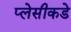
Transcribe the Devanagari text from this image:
प्लेसीकडे